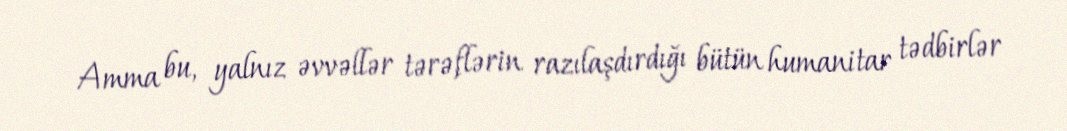
Amma bu, yalnız əvvəllər tərəflərin razılaşdırdığı bütün humanitar tədbirlər